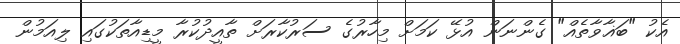
އެކު "ބަޣާވާތެއް" ގެންނަން އުޅޭ ކަމަށް މިހާރުގެ ސަރުކާރަށް ތާއީދުކުރާ މީޑިއާތަކުގައި ލިއަމުން